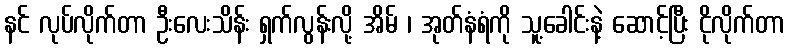
နင် လုပ်လိုက်တာ ဦးလေးသိန်း ရှက်လွန်းလို့ အိမ် ၊ အုတ်နံရံကို သူ့ခေါင်းနဲ့ ဆောင့်ပြီး ငိုလိုက်တာ